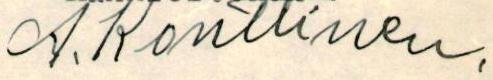
A. Konttinen.